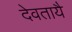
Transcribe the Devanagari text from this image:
देवतायै